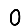
Digit: 0